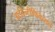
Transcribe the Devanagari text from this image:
आईडेन्टीफिकेशन